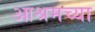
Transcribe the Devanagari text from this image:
आश्रमच्या